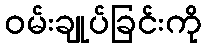
ဝမ်းချုပ်ခြင်းကို